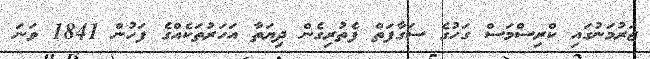
ޖަރުމަނުގައި ކްރިސްމަސް ގަހުގެ ސަގާފަތް ފެތުރިގެން ދިޔަތާ އަހަރުތަކެއްގެ ފަހުން 1841 ވަނަ